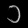
Digit: ၁